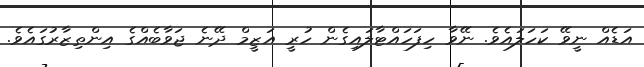
އަޑެއް ނީވޭ ކަހަލައެވެ. ނޭވާ ހިފަހައްޓާލައިގެން ހުރީ އަޒީމް ދޭނެ ޖަވާބެއްގެ އިންތިޒާރުގައެވެ.